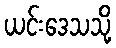
ယင်းဒေသသို့